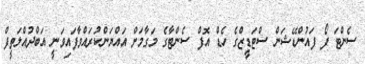
ސެންޓަ ފޯ ފައުންޑޭޝަން ސްޓަޑީޒްގެ ހެޑް އޮފް ސެންޓާގެ މަގާމަށް އައްޔަންކުރައްވާފައިވަނީ އަބްދުއްލަތީފް